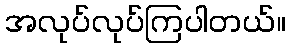
အလုပ်လုပ်ကြပါတယ်။